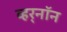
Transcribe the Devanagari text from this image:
व्हर्‌नॉन